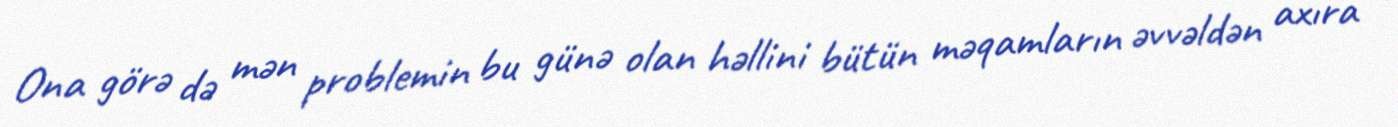
Ona görə də mən problemin bu günə olan həllini bütün məqamların əvvəldən axıra